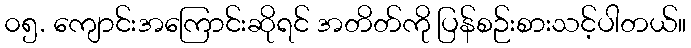
၀၅. ကျောင်းအကြောင်းဆိုရင် အတိတ်ကို ပြန်စဉ်းစားသင့်ပါတယ်။